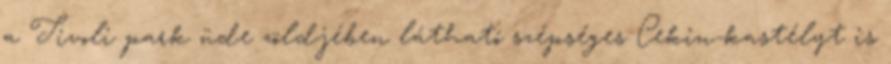
a Tivoli park üde zöldjében látható szépséges Cekin-kastélyt is